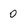
Character: 0